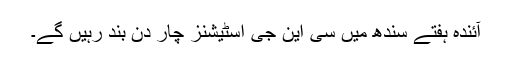
آئندہ ہفتے سندھ میں سی این جی اسٹیشنز چار دن بند رہیں گے۔